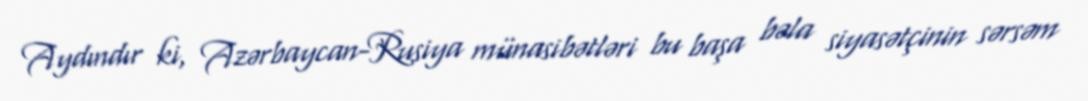
Aydındır ki, Azərbaycan-Rusiya münasibətləri bu başa bəla siyasətçinin sərsəm